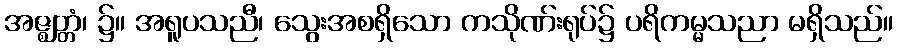
အဇ္ဈတ္တံ၊ ၌။ အရူပသညီ၊ သွေးအစရှိသော ကသိုဏ်းရုပ်၌ ပရိကမ္မသညာ မရှိသည်။